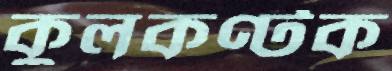
কুলকণ্টক